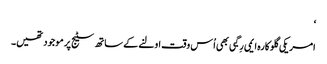
‘
امریکی گلوکارہ ایمی رِگبی بھی اُس وقت اولنے کے ساتھ سٹیج پر موجود تھیں۔